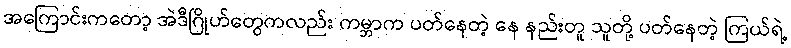
အကြောင်းကတော့ အဲဒီဂြိုဟ်တွေကလည်း ကမ္ဘာက ပတ်နေတဲ့ နေ နည်းတူ သူတို့ ပတ်နေတဲ့ ကြယ်ရဲ့